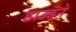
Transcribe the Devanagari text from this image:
डाउडन